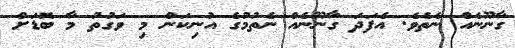
ގާނޫނެއް ނެތެވެ. އެފަދަ ގާނޫނެއް ނެތުމުގެ އުނިކަން މި ވަގުތު މާ ބޮޑަށް